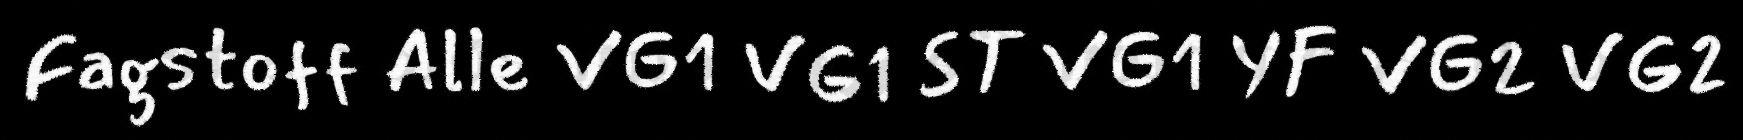
Fagstoff Alle VG1 VG1 ST VG1 YF VG2 VG2